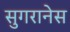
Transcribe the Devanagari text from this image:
सुगरानेस